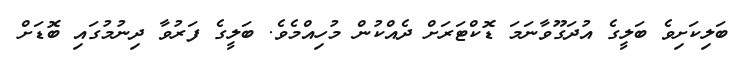
ބަލިކަށިވެ ބަލީގެ އުދަގޫވާނަމަ ޑޮކްޓަރަށް ދެއްކުން މުހިއްމެވެ. ބަލީގެ ފަރުވާ ދިނުމުގައި ބޮޑަށް